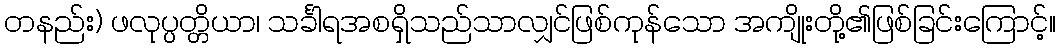
တနည်း) ဖလုပ္ပတ္တိယာ၊ သင်္ခါရအစရှိသည်သာလျှင်ဖြစ်ကုန်သော အကျိုးတို့၏ဖြစ်ခြင်းကြောင့်။